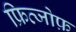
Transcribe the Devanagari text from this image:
फ्रित्जोफ़